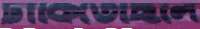
ঢাকিতেছিলে